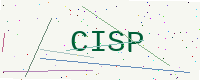
Text: CISP